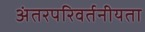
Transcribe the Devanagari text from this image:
अंतरपरिवर्तनीयता